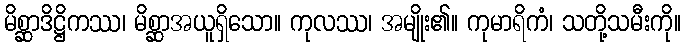
မိစ္ဆာဒိဋ္ဌိကဿ၊ မိစ္ဆာအယူရှိသော။ ကုလဿ၊ အမျိုး၏။ ကုမာရိကံ၊ သတို့သမီးကို။